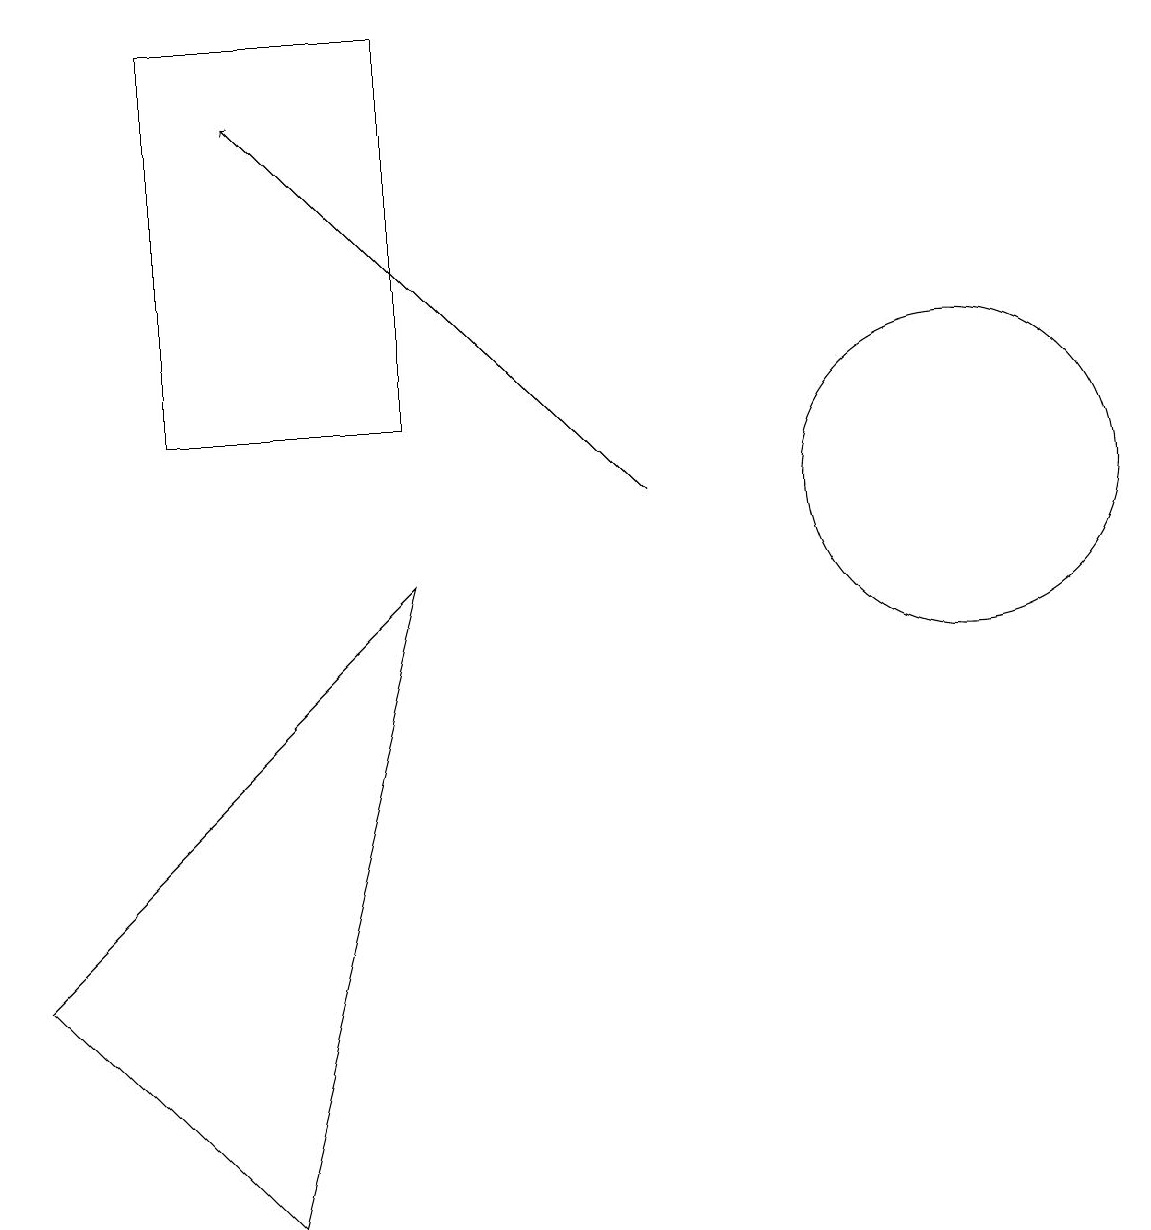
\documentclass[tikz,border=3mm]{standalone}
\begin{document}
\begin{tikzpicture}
\draw (0,4) -- (3,1) -- (5,9) -- cycle;
\draw[->] (8,10) -- (3,15);
\draw (5,16) rectangle (2,11);
\draw (12,10) circle (2);
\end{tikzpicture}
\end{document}